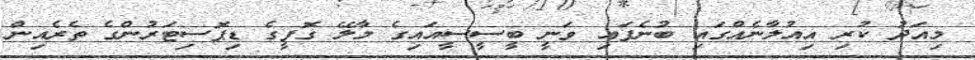
މިއަދު ކުރި އިއުލާނެއްގައި ބުނެފައި ވަނީ ބީސީސީއައިގެ މާލޭ ގޮފީގެ ޑިޕޮސިޓަރުންގެ ތެރެއިން